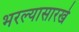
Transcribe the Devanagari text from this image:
भरल्यासारखे